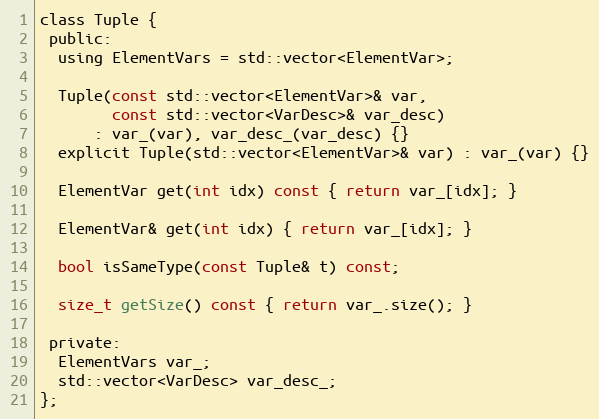
Language: C
class Tuple {
 public:
  using ElementVars = std::vector<ElementVar>;

  Tuple(const std::vector<ElementVar>& var,
        const std::vector<VarDesc>& var_desc)
      : var_(var), var_desc_(var_desc) {}
  explicit Tuple(std::vector<ElementVar>& var) : var_(var) {}

  ElementVar get(int idx) const { return var_[idx]; }

  ElementVar& get(int idx) { return var_[idx]; }

  bool isSameType(const Tuple& t) const;

  size_t getSize() const { return var_.size(); }

 private:
  ElementVars var_;
  std::vector<VarDesc> var_desc_;
};